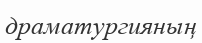
драматургияның